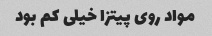
مواد روی‌ پیتزا خیلی کم بود